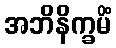
အဘိနိက္ခမိံ